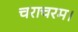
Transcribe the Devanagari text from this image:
चराचरम।